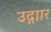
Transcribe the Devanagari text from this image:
उद्गाार